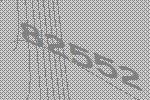
82552